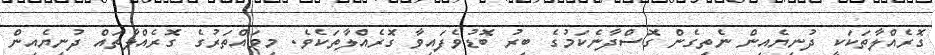
ގޮރެއްލާތަކަކީ ދުނިޔެއިން ނެތިގެން ގޮސްދާނެކަމުގެ ބިރު ބޮޑުވެފައިވާ ގޮރެއްލާތަކެވެ. މިވައްތަރުގެ ގޮރެއްލާތައް ދުނިޔެއިން